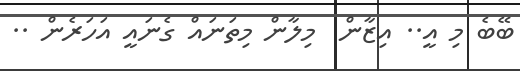
ބޭބެ މި އީ.. އިޒާން  މިލާން މިތަނައް ގެނައީ އަހަރެން ..